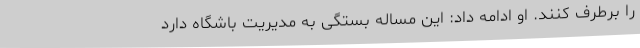
را برطرف کنند. او ادامه داد: این مساله بستگی به مدیریت باشگاه دارد